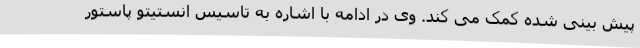
پیش بینی شده کمک می کند. وی در ادامه با اشاره به تاسیس انستیتو پاستور